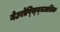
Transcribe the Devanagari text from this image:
नेउरोप्स्य्चिअत्रिक